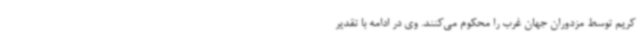
کریم توسط مزدوران جهان غرب را محکوم می‌کنند. وی در ادامه با تقدیر